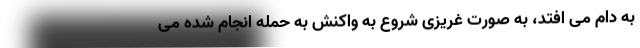
به دام می افتد، به صورت غریزی شروع به واکنش به حمله انجام شده می‌